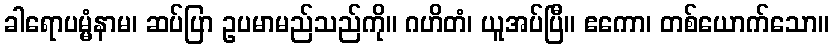
ခါရောပမ္မံနာမ၊ ဆပ်ပြာ ဥပမာမည်သည်ကို။ ဂဟိတံ၊ ယူအပ်ပြီ။ ဧကော၊ တစ်ယောက်သော။